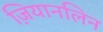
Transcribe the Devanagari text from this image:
ज़ियानलिन